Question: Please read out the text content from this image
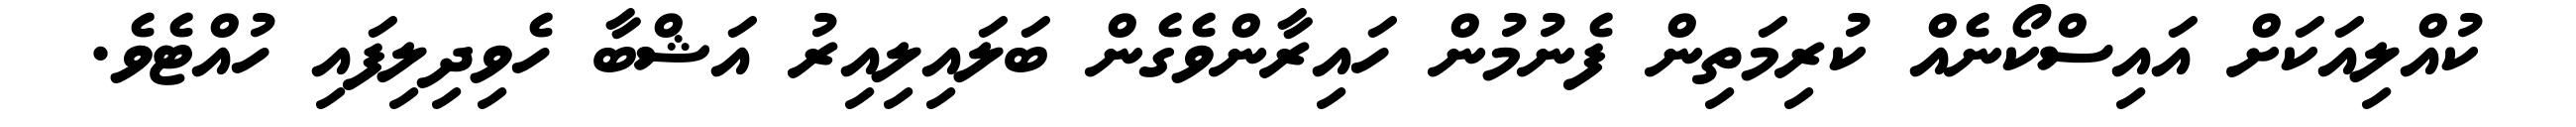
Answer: ކުއްލިއަކަށް އައިސްކޯނެއް ކުރިމަތިން ފެނުމުން ހައިރާންވެގެން ބަލައިލިއިރު އަޝްބާ ހެވިދިލިފައި ހުއްޓެވެ.